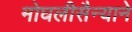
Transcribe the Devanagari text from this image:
मोघलीसैन्याने